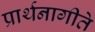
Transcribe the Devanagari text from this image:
प्रार्थनागीते